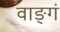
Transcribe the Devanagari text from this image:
वाङ्गं